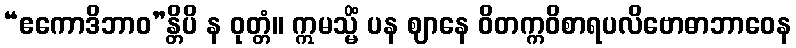
“ဧကောဒိဘာဝ”န္တိပိ န ဝုတ္တံ။ ဣမသ္မိံ ပန ဈာနေ ဝိတက္ကဝိစာရပလိဗောဓာဘာဝေန